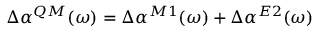
\Delta \alpha ^ { Q M } ( \omega ) = \Delta \alpha ^ { M 1 } ( \omega ) + \Delta \alpha ^ { E 2 } ( \omega )